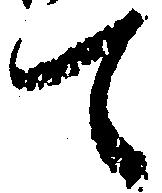
て